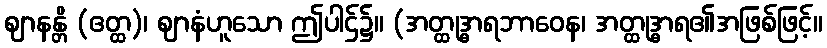
ဈာနန္တိ (ဧတ္ထ)၊ ဈာနံဟူသော ဤပါဌ်၌။ (အတ္ထုဒ္ဓာရဘာဝေန၊ အတ္ထုဒ္ဓာရ၏အဖြစ်ဖြင့်။